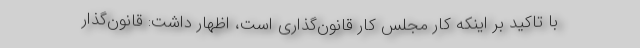
با تاکید بر اینکه کار مجلس کار قانون‌گذاری است، اظهار داشت: قانون‌گذار